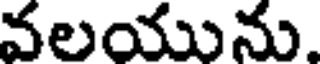
వలయును.